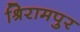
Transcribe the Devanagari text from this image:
श्रिरामपुर